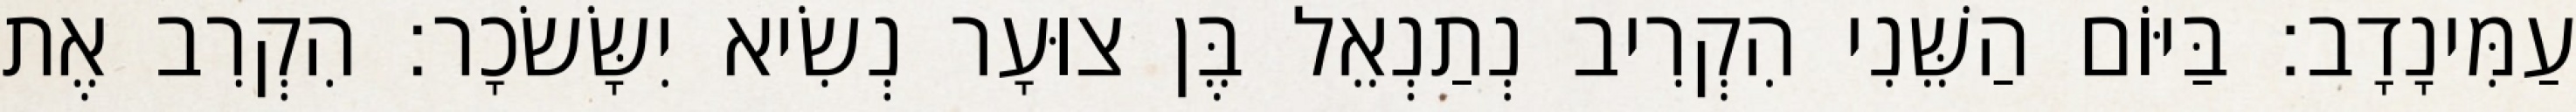
עַמִּינָדָב׃ בַּיּוֹם הַשֵּׁנִי הִקְרִיב נְתַנְאֵל בֶּן צוּעָר נְשִׂיא יִשָּׂשׂכָר׃ הִקְרִב אֶת